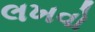
લખવો